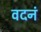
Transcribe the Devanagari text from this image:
वदनं